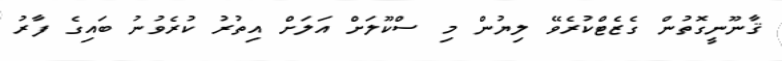
ޤާނޫނީގޮތުން ގެޒެޓްކުރެވޭ ލިޔުން މި ސްކޫލަށް އަލަށް އިތުރު ކުރެވުނު ބައިގެ ފާރު